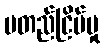
မတည်ငြိမ်မှု